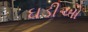
ઘડીઓ